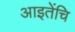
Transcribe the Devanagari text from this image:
आइतेंचि